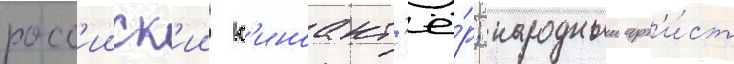
росс'ииск'ии к'иноакт'ё́р; народныи арт'и́ст